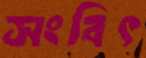
সংবিৎ